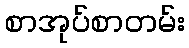
စာအုပ်စာတမ်း